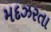
મદઝરતા